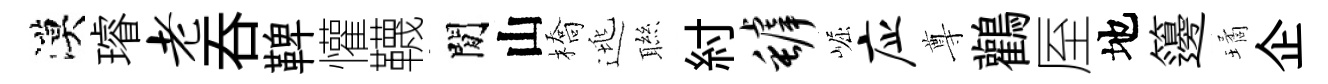
漠璿老呑鞞懽韈閒山橋逃聮紂罅崛应尊鸛厔地籩璚企